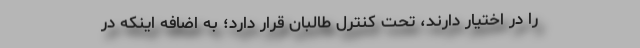
را در اختیار دارند، تحت کنترل طالبان قرار دارد؛ به اضافه اینکه در